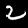
Digit: 2